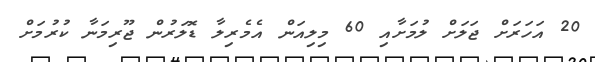
20 އަހަރަށް ޖަލަށް ލުމަށާއި 60 މިލިއަން އެމެރިލާ ޑޮލަރުން ޖޫރިމަނާ ކުރުމަށް